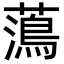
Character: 𮒒